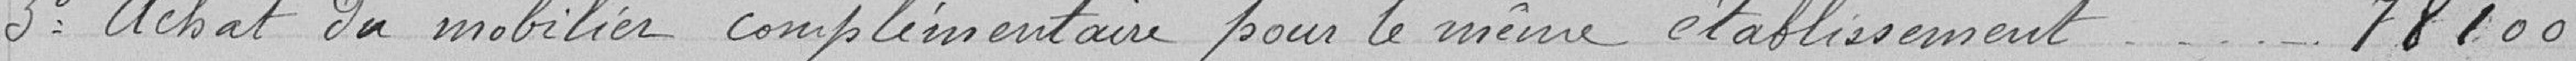
3 Achat de mobilier complémentaire pour le même établissement 78100